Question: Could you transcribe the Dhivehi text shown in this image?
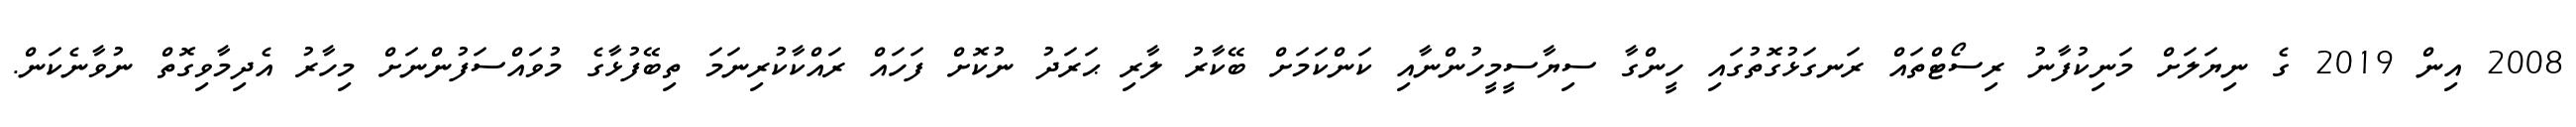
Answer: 2008 އިން 2019 ގެ ނިޔަލަށް މަނިކުފާނު ރިސޯޓްތައް ރަނގަޅުގޮތުގައި ހީންގާ ސިޔާސީމީހުންނާއި ކަންކަމަށް ބޭކާރު ލާރި ޙަރަދު ނުކޮށް ފަހައް ރައްކާކުރިނަމަ ތިބޭފުޅާގެ މުވައްސަފުންނަށް މިހާރު އެދިމާވިގޮތް ނުވާނެކަން.